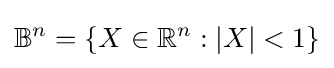
\mathbb {B} ^{n}=\{X\in \mathbb {R} ^{n}:|X|<1\}